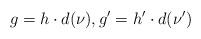
LaTeX: \begin{align*} g = h \cdot d(\nu), g' = h' \cdot d(\nu')\end{align*}